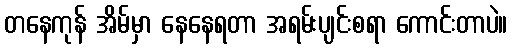
တနေကုန် အိမ်မှာ နေနေရတာ အရမ်းပျင်းစရာ ကောင်းတာပဲ။